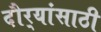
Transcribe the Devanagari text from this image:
दौर्‍यांसाठी